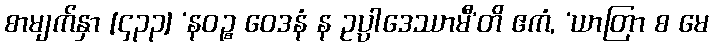
စာမျက်နှာ [၄၃၃] ‘နဝဉ္စ ဝေဒနံ န ဥပ္ပါဒေဿာမီ’တိ ဧကံ, ‘ယာတြာ စ မေ